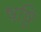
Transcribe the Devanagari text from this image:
षष्टि